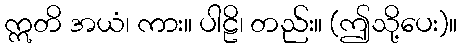
ဣတိ အယံ၊ ကား။ ပါဠိ၊ တည်း။ (ဤသို့ပေး)။